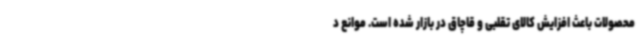
محصولات باعث افزایش کالای تقلبی و قاچاق در بازار شده است. موانع د